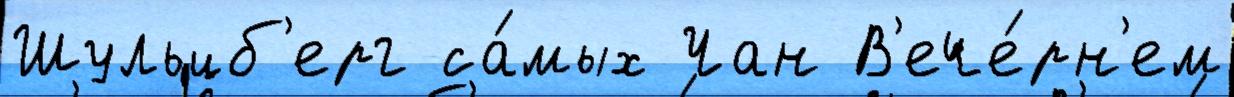
Шульцб'ерг са́мых Чан В'ече́рн'ем